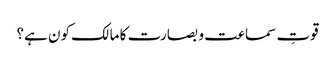
قوتِ سماعت و بصارت کا مالک کون ہے؟